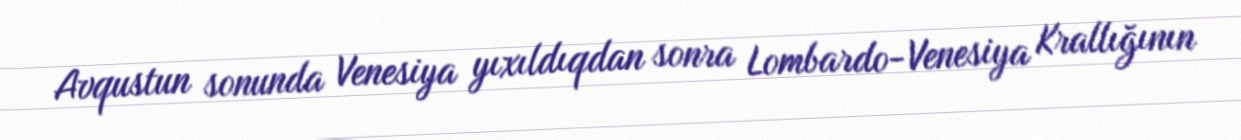
Avqustun sonunda Venesiya yıxıldıqdan sonra Lombardo-Venesiya Krallığının